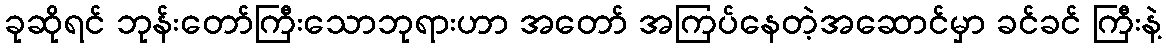
ခုဆိုရင် ဘုန်းတော်ကြီးသောဘုရားဟာ အတော် အကြပ်နေတဲ့အဆောင်မှာ ခင်ခင် ကြီးနဲ့